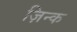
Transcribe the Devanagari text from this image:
ज़िन्क